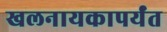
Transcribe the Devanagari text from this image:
खलनायकापर्यंत